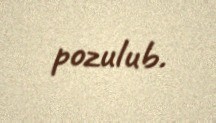
pozulub.